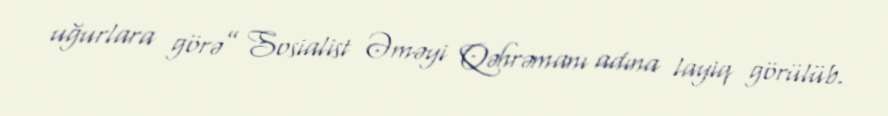
uğurlara görə” Sosialist Əməyi Qəhrəmanı adına layiq görülüb.